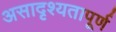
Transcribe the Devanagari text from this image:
असादृश्यतापूर्ण